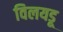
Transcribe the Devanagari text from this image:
विलयडू